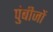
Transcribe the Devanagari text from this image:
पुंबीजों